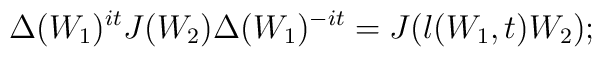
\Delta(W_1)^{it}J(W_2)\Delta(W_1)^{-it}=J(\l(W_1,t)W_2);